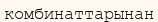
комбинаттарынан